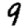
Digit: 9